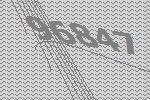
96847